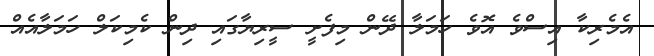
އެމެރިކާ އިސްވެ އޮވެ ހަމަލާ ދޭން މިފެށީ ސީރިޔާގައި ދިން ކެމިކަލް ހަމަލާއެއް